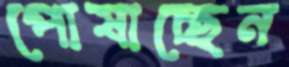
পোষাচ্ছেন